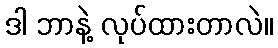
ဒါ ဘာနဲ့ လုပ်ထားတာလဲ။